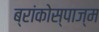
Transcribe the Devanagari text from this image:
ब्रांकोस्पाज्म